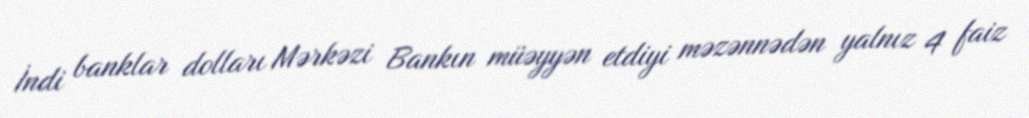
İndi banklar dolları Mərkəzi Bankın müəyyən etdiyi məzənnədən yalnız 4 faiz